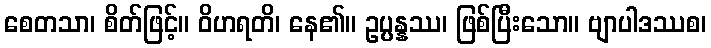
စေတသာ၊ စိတ်ဖြင့်။ ဝိဟရတိ၊ နေ၏။ ဥပ္ပန္နဿ၊ ဖြစ်ပြီးသော။ ဗျာပါဒဿစ၊